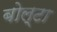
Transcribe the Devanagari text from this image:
बोल्टा